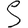
Digit: 5